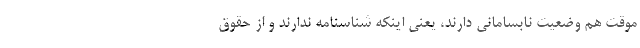
موقت هم وضعیت نابسامانی دارند، یعنی اینکه شناسنامه ندارند و از حقوق